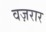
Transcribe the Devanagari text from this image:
वज़रार